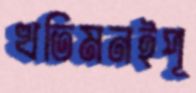
খতিমনইপূ